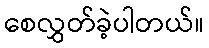
စေလွှတ်ခဲ့ပါတယ်။